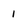
Character: 1